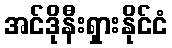
အင်ဒိုနီးရှားနိုင်ငံ